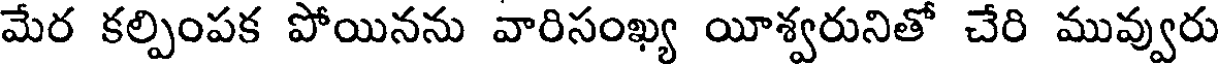
మేర కల్పింపక పోయినను వారిసంఖ్య యీశ్వరునితో చేరి మువ్వురు